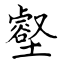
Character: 壑